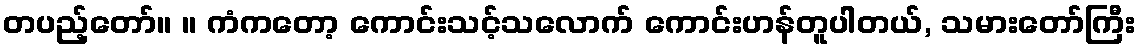
တပည့်တော်။ ။ ကံကတော့ ကောင်းသင့်သလောက် ကောင်းဟန်တူပါတယ်, သမားတော်ကြီး